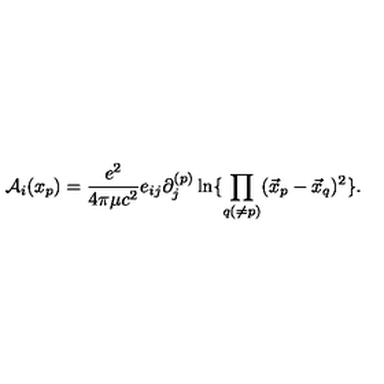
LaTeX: { \cal A } _ { i } ( x _ { p } ) = { \frac { e ^ { 2 } } { 4 \pi \mu c ^ { 2 } } } e _ { i j } \partial _ { j } ^ { ( p ) } \ln \{ \prod _ { q ( \ne p ) } ( \vec { x } _ { p } - \vec { x } _ { q } ) ^ { 2 } \} .